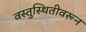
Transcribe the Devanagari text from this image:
वस्तुस्थितीवरून